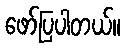
ဖော်ပြပါတယ်။